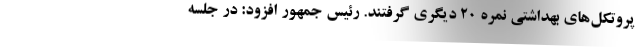
پروتکل‌های بهداشتی نمره 20 دیگری گرفتند. رئیس جمهور افزود: در جلسه